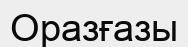
Оразғазы